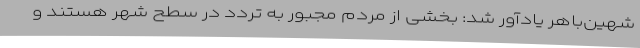
شهین‌باهر یادآور شد: بخشی از مردم مجبور به تردد در سطح شهر هستند و